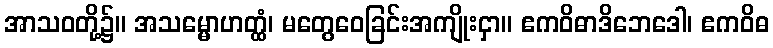
အာသဝတို့၌။ အသမ္မောဟတ္ထံ၊ မတွေဝေခြင်းအကျိုးငှာ။ ဧကဝိဓာဒိဘေဒေါ၊ ဧကဝိဓ